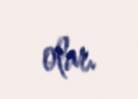
olar.